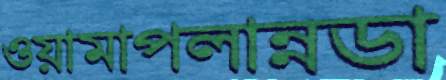
ওয়ামাপলান্নডা